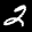
Label: 2